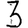
Digit: 3